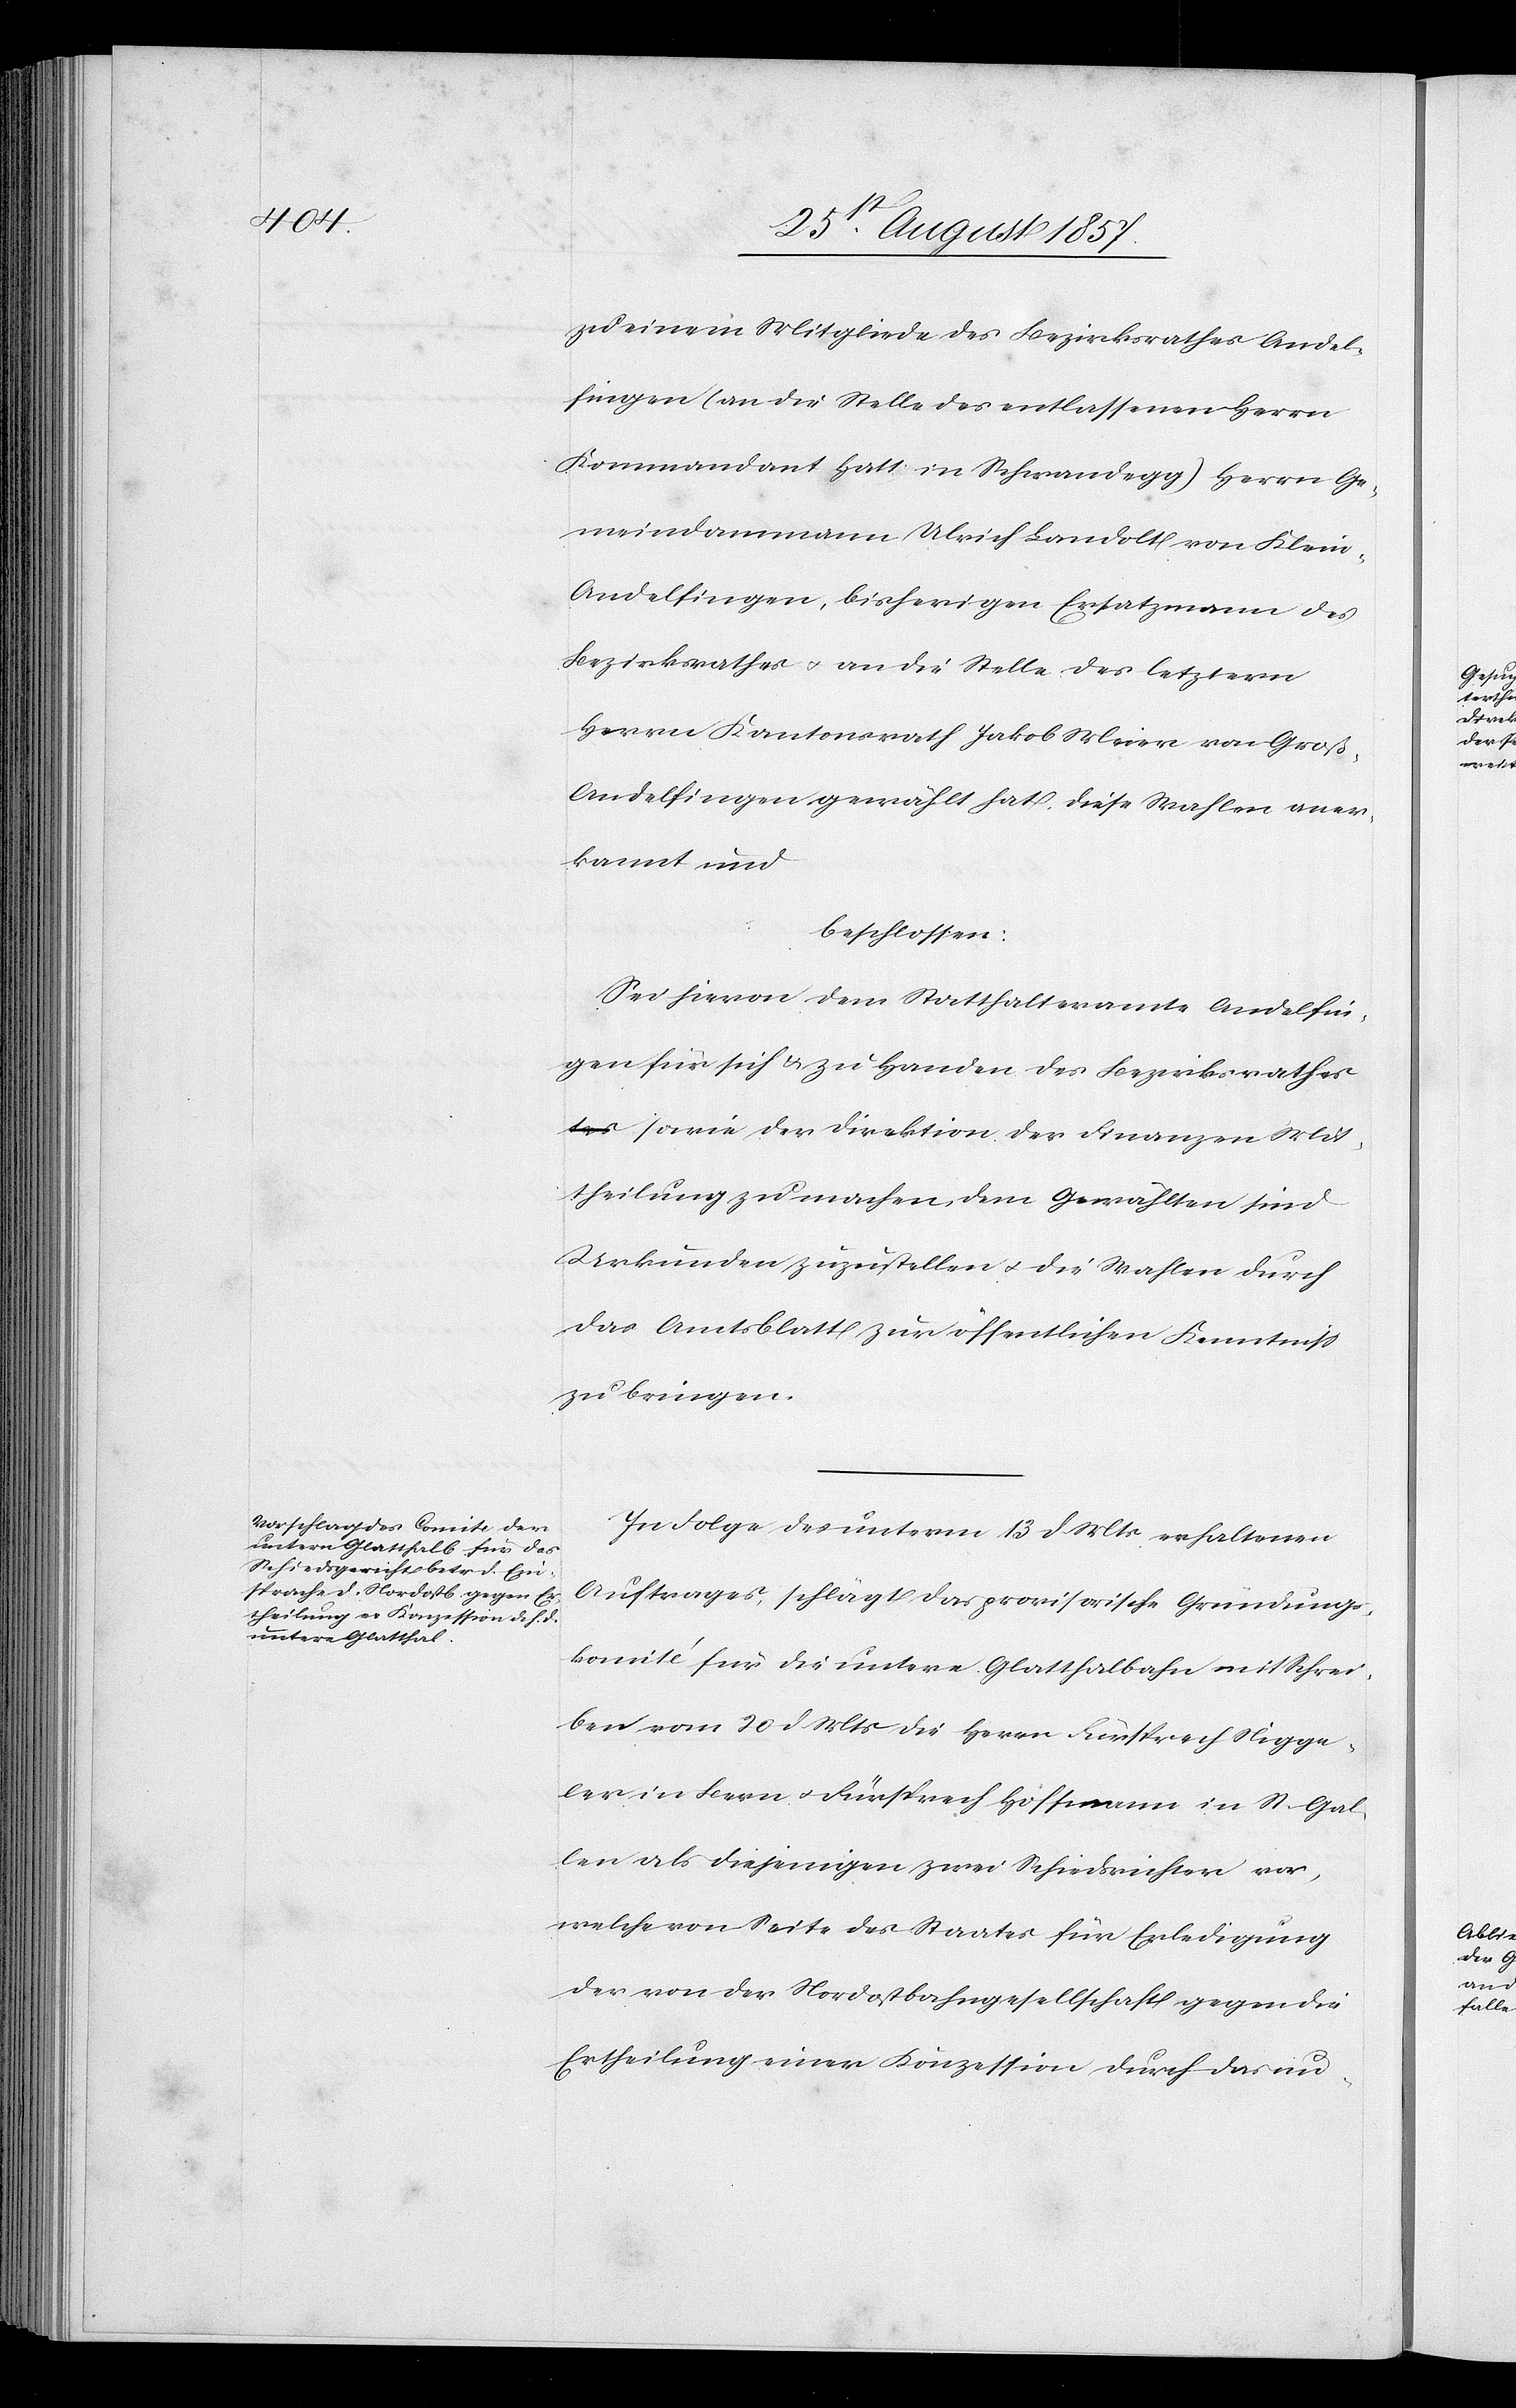
zu einem Mitgliede des Bezirksrathes Andel¬
fingen (an die Stelle des entlassenen Herrn
Kommandant Hatt in Schwandegg) Herrn Ge¬
meindammann Ulrich Landolt von Klei¬
n-Andelfingen, bisherigen Ersatzmann des
Bezirksrathes & an die Stelle des letztern
Herrn Kantonsrath Jakob Meier von Groß-A¬
ndelfingen gewählt hat, diese Wahlen aner¬
kannt und
beschlossen:
Sei hievon dem Statthalteramte Andelfin¬
gen für sich & zu Handen des Bezirksrathe¬
s sowie der Direktion der Finanzen Mit¬
theilung zu machen, dem Gewählten sind
Urkunden zuzustellen & die Wahlen durch
das Amtsblatt zur öffentlichen Kenntniß
zu bringen.
In Folge des unterm 13 d. Mts. erhaltenen
Auftrages, schlägt das provisorische Gründungs¬
komité für die untere Glatthalbahn mit Schrei¬
ben vom 20 d. Mts. die Herrn Fürsprech Nigge¬
ler in Bern & Fürsprech Hoffmann in St. Gal¬
len als diejenigen zwei Schiedsrichter vor,
welche von Seite des Staates für Erledigung
der von der Nordostbahngesellschaft gegen die
Ertheilung einer Konzession durch das un-